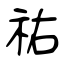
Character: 祐